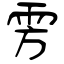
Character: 雱